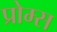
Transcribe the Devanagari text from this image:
प्रोम्स